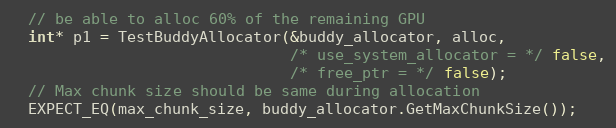
Language: C++
  // be able to alloc 60% of the remaining GPU
  int* p1 = TestBuddyAllocator(&buddy_allocator, alloc,
                               /* use_system_allocator = */ false,
                               /* free_ptr = */ false);
  // Max chunk size should be same during allocation
  EXPECT_EQ(max_chunk_size, buddy_allocator.GetMaxChunkSize());